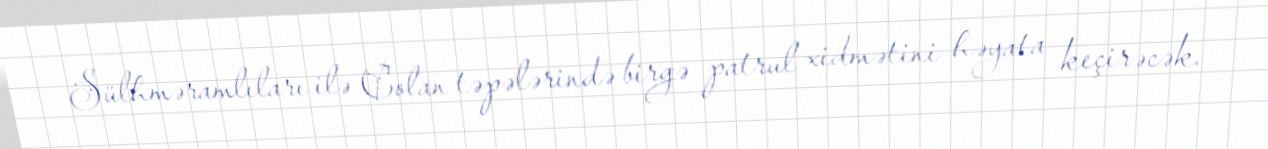
Sülhməramlıları ilə Colan təpələrində birgə patrul xidmətini həyata keçirəcək.